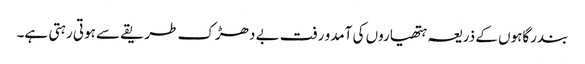
بندرگاہوں کے ذریعہ ہتھیاروں کی آمدو رفت بے دھڑک طریقے سے ہوتی رہتی ہے۔